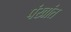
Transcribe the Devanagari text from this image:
पंखांत